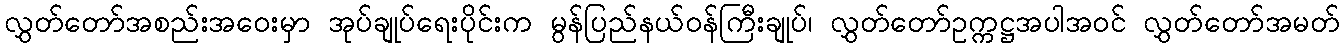
လွှတ်တော်အစည်းအဝေးမှာ အုပ်ချုပ်ရေးပိုင်းက မွန်ပြည်နယ်ဝန်ကြီးချုပ်၊ လွှတ်တော်ဥက္ကဋ္ဌအပါအဝင် လွှတ်တော်အမတ်